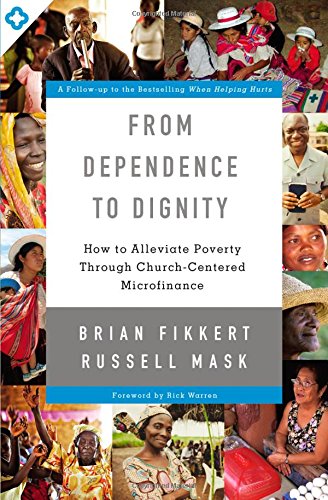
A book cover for From Dependence to Dignity: How to Alleviate Poverty through Church-Centered Microfinance; Brian Fikkert; Politics & Social Sciences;